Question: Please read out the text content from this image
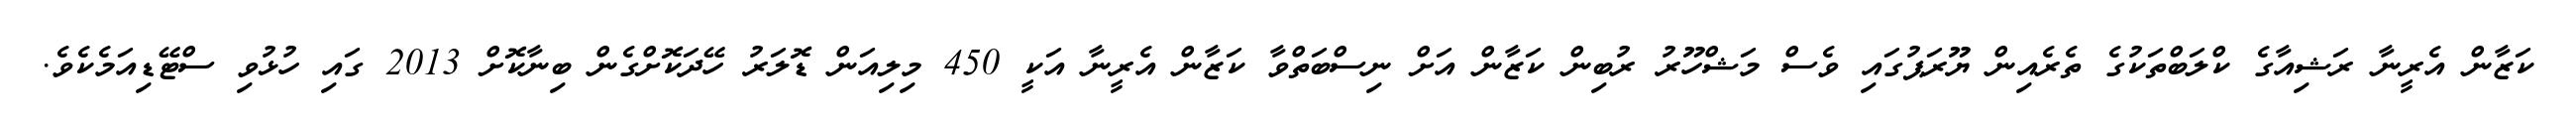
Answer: ކަޒާން އެރީނާ ރަޝިއާގެ ކްލަބްތަކުގެ ތެރެއިން ޔޫރަޕުގައި ވެސް މަޝްހޫރު ރުބިން ކަޒާން އަށް ނިސްބަތްވާ ކަޒާން އެރީނާ އަކީ 450 މިލިއަން ޑޮލަރު ހޭދަކޮށްގެން ބިނާކޮށް 2013 ގައި ހުޅުވި ސްޓޭޑިއަމެކެވެ.